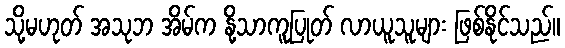
သို့မဟုတ် အသုဘ အိမ်က နို့သာကူပြုတ် လာယူသူများ ဖြစ်နိုင်သည်။